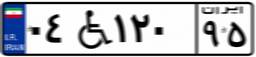
۰۴W۱۲۰۹۵